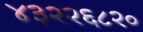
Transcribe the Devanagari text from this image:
४३२२६८२०